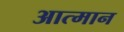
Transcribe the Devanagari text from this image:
आत्मान